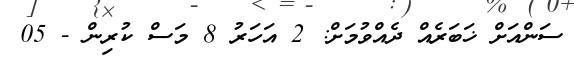
ސަންއަށް ޚަބަރެއް ދެއްވުމަށް: 2 އަހަރު 8 މަސް ކުރިން - 05